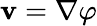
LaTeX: \mathbf{v}=\nabla\varphi